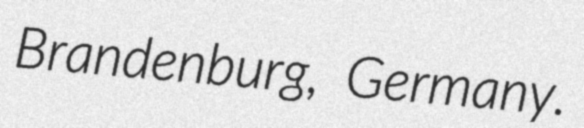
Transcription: Brandenburg, Germany.